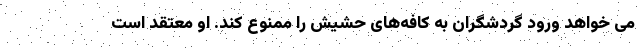
می خواهد ورود گردشگران به کافه‌های حشیش را ممنوع کند. او معتقد است